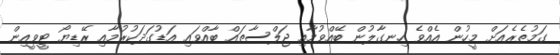
ގަމުތެރެއަށް މީހުން އެއްވެ ހިނގާލުން ބޭއްވުމާއި ޖަލްސާތައް ބާއްވައި އަޑުގަދަކުރުމާއި ރޭޑިޔޯ ޓީވީއިން